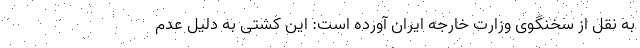
به نقل از سخنگوی وزارت خارجه ایران آورده است: این کشتی به دلیل عدم